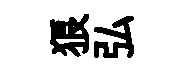
狼弘